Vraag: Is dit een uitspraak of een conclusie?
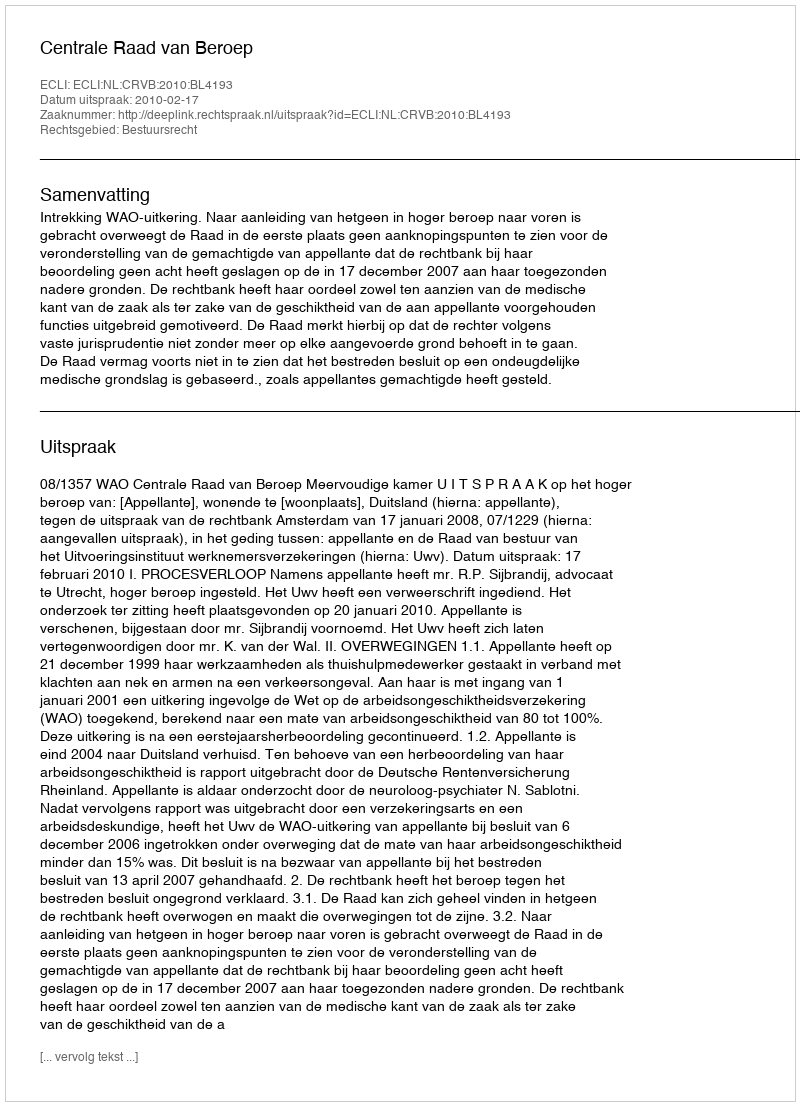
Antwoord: Uitspraak